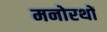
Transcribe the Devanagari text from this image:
मनोरथों